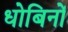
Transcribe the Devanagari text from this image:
धोबिनों